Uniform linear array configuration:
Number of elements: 24
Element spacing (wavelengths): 0.75
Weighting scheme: cosine
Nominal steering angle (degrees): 15
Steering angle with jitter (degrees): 15.183
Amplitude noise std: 0.05
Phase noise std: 0.05

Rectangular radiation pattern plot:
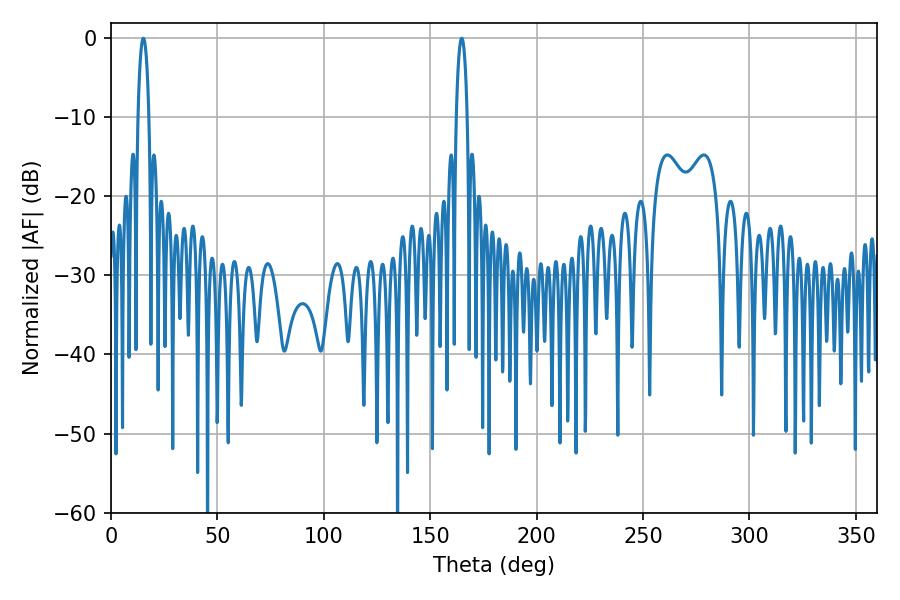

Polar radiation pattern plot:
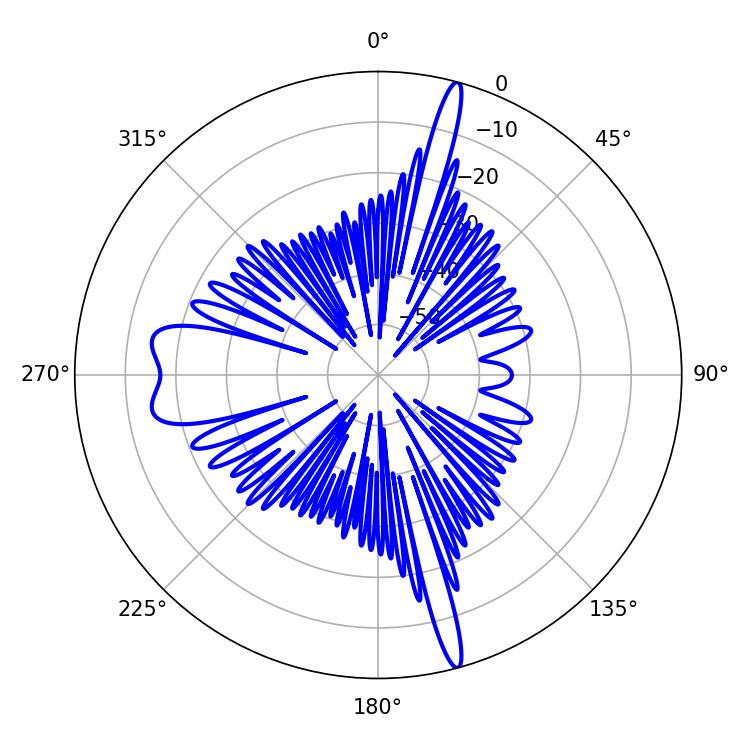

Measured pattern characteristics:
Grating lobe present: TRUE
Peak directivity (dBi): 21.081
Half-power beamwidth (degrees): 2.7
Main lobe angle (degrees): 164.88